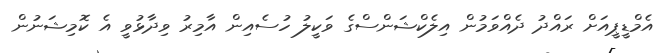
އެމްޑީޕީއަށް ރައްދު ދެއްވަމުން އިލެކްޝަންސްގެ ވަކީލު ހުސެއިން އާމިރު ވިދާޅުވީ އެ ކޮމިޝަނުން